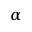
\alpha